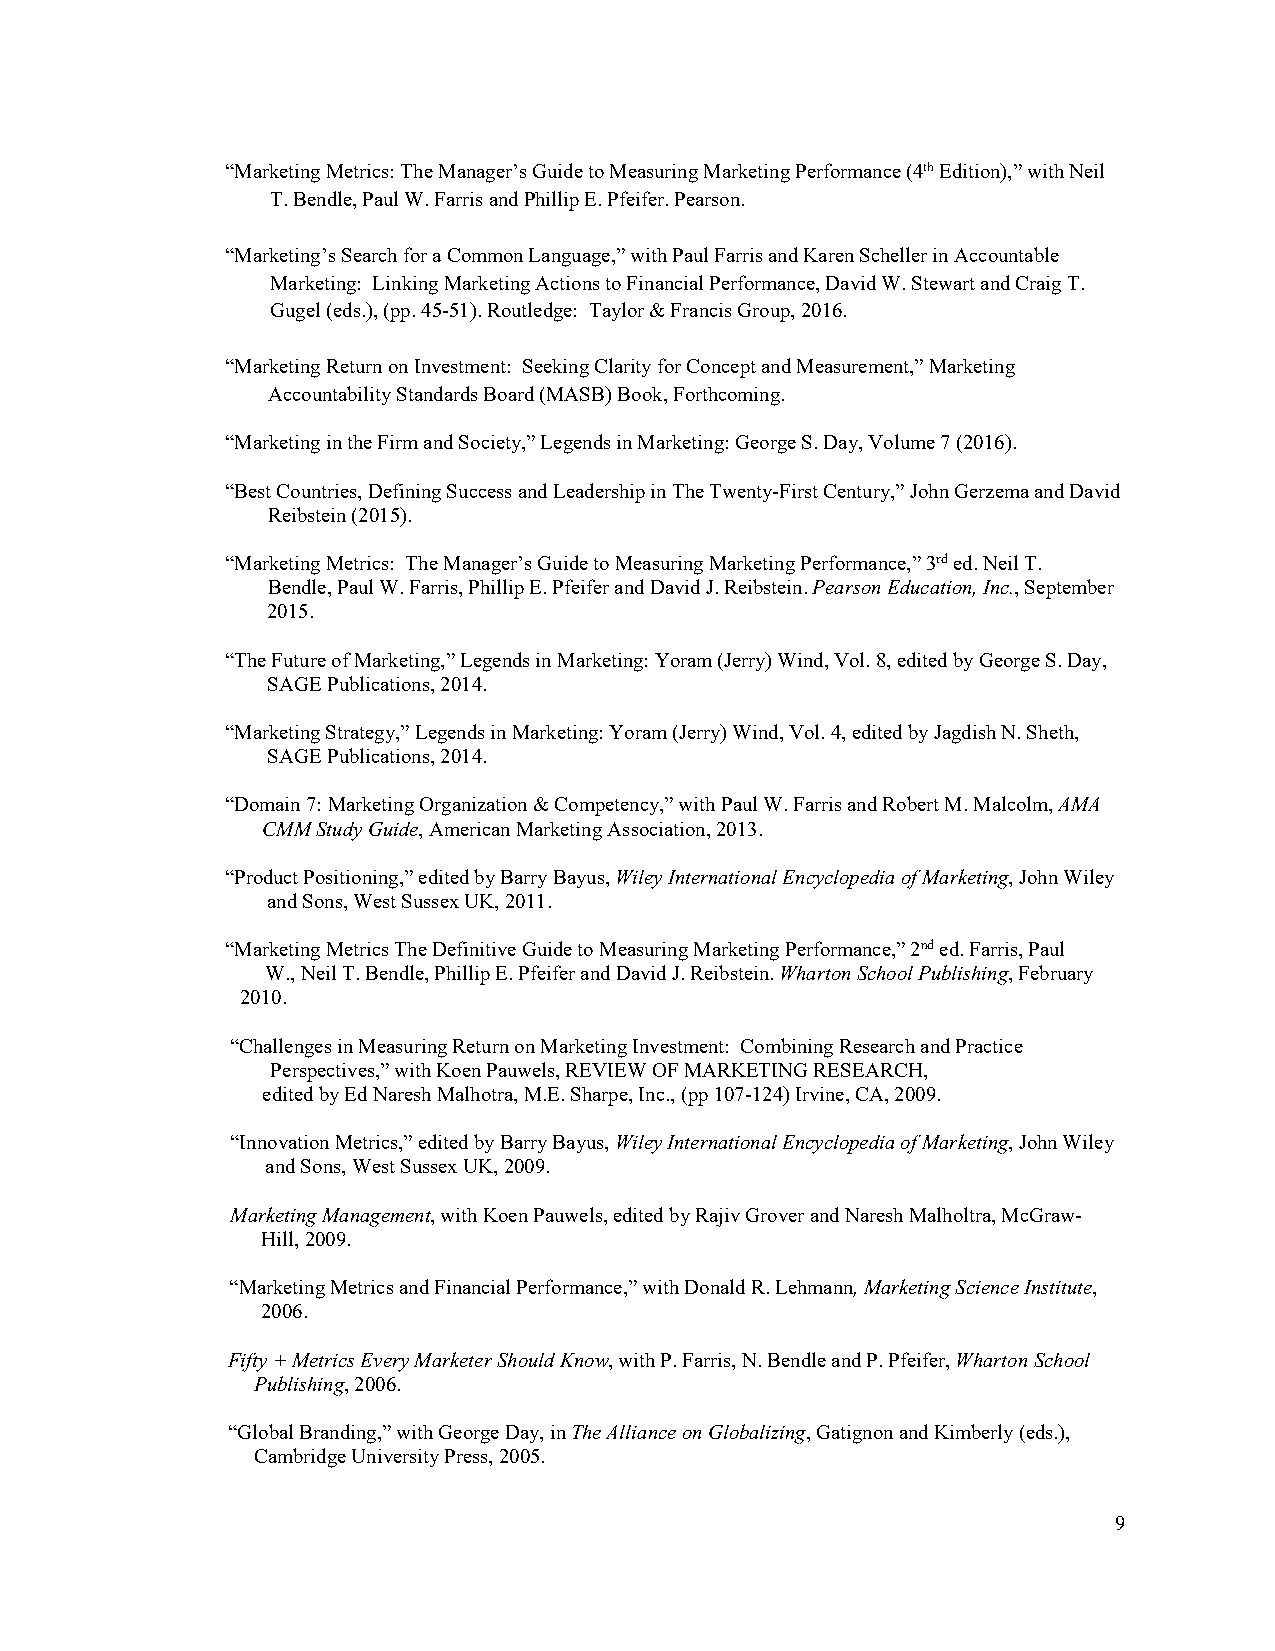
“Marketing Metrics: The Manager’s Guide to Measuring Marketing Performance (4th Edition),” with Neil
 T. Bendle, Paul W. Farris and Phillip E. Pfeifer. Pearson.
 “Marketing’s Search for a Common Language,” with Paul Farris and Karen Scheller in Accountable
 Marketing: Linking Marketing Actions to Financial Performance, David W. Stewart and Craig T.
 Gugel (eds.), (pp. 45-51). Routledge: Taylor & Francis Group, 2016.
 “Marketing Return on Investment: Seeking Clarity for Concept and Measurement,” Marketing
 Accountability Standards Board (MASB) Book, Forthcoming.
 “Marketing in the Firm and Society,” Legends in Marketing: George S. Day, Volume 7 (2016).
 “Best Countries, Defining Success and Leadership in The Twenty-First Century,” John Gerzema and David
 Reibstein (2015).
 “Marketing Metrics: The Manager’s Guide to Measuring Marketing Performance,” 3rd ed. Neil T.
 Bendle, Paul W. Farris, Phillip E. Pfeifer and David J. Reibstein. Pearson Education, Inc., September
 2015.
 “The Future of Marketing,” Legends in Marketing: Yoram (Jerry) Wind, Vol. 8, edited by George S. Day,
 SAGE Publications, 2014.
 “Marketing Strategy,” Legends in Marketing: Yoram (Jerry) Wind, Vol. 4, edited by Jagdish N. Sheth,
 SAGE Publications, 2014.
 “Domain 7: Marketing Organization & Competency,” with Paul W. Farris and Robert M. Malcolm, AMA
 CMM Study Guide, American Marketing Association, 2013.
 “Product Positioning,” edited by Barry Bayus, Wiley International Encyclopedia of Marketing, John Wiley
 and Sons, West Sussex UK, 2011.
 “Marketing Metrics The Definitive Guide to Measuring Marketing Performance,” 2nd ed. Farris, Paul
 W., Neil T. Bendle, Phillip E. Pfeifer and David J. Reibstein. Wharton School Publishing, February
 2010.
 “Challenges in Measuring Return on Marketing Investment: Combining Research and Practice
 Perspectives,” with Koen Pauwels, REVIEW OF MARKETING RESEARCH,
 edited by Ed Naresh Malhotra, M.E. Sharpe, Inc., (pp 107-124) Irvine, CA, 2009.
 “Innovation Metrics,” edited by Barry Bayus, Wiley International Encyclopedia of Marketing, John Wiley
 and Sons, West Sussex UK, 2009.
 Marketing Management, with Koen Pauwels, edited by Rajiv Grover and Naresh Malholtra, McGraw-
 Hill, 2009.
 “Marketing Metrics and Financial Performance,” with Donald R. Lehmann, Marketing Science Institute,
 2006.
 Fifty + Metrics Every Marketer Should Know, with P. Farris, N. Bendle and P. Pfeifer, Wharton School
 Publishing, 2006.
 “Global Branding,” with George Day, in The Alliance on Globalizing, Gatignon and Kimberly (eds.),
 Cambridge University Press, 2005.
 9